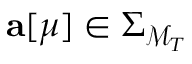
{ \bf a } [ \mu ] \in \Sigma _ { \mathcal { M } _ { T } }